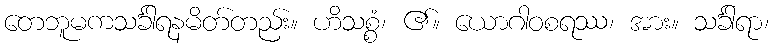
တေဘူမကသင်္ခါရနမိတ်တည်း။ ဟိသစ္စံ၊ ၏။ ယောဂါဝစရဿ၊ အား။ သင်္ခါရာ၊